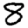
Digit: 8